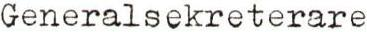
Generalsekreterare